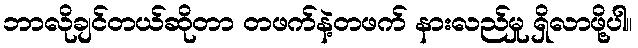
ဘာလိုချင်တယ်ဆိုတာ တဖက်နဲ့တဖက် နားလည်မှု ရှိလာဖို့ပါ။